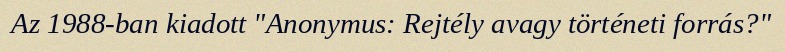
Az 1988-ban kiadott "Anonymus: Rejtély avagy történeti forrás?"